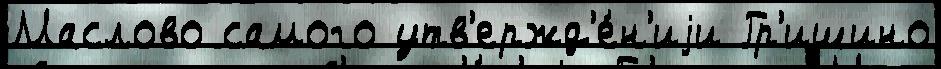
Маслово самого утв'ержд'е́н'иjи Гр'ишино